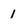
Character: 1